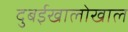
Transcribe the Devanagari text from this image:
दुबईखालोखाल